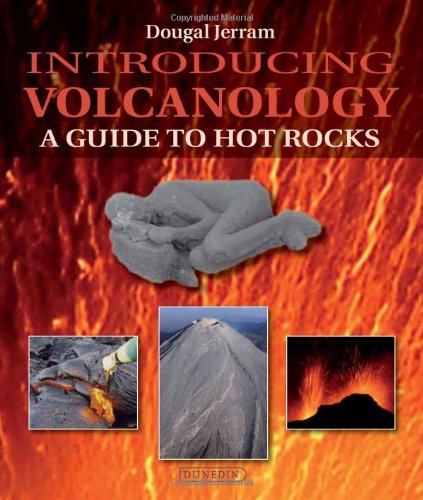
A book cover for Introducing Volcanology: A Guide to Hot Rocks; Dougal Jerram; Literature & Fiction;